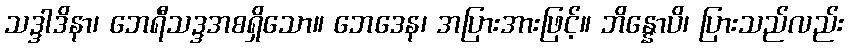
သဒ္ဒါဒိနာ၊ ဘေရီသဒ္ဒအစရှိသော။ ဘေဒေန၊ အပြားအားဖြင့်။ ဘိန္နောပိ၊ ပြားသည်လည်း